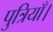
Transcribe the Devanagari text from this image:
पुत्रियाँ।